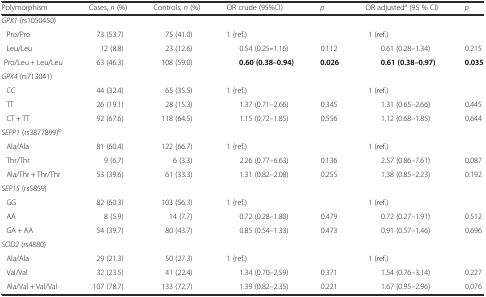
<table><thead><tr><td><b>Polymorphism</b></td><td><b>Cases, <i>n</i> (%)</b></td><td><b>Controls, <i>n</i> (%)</b></td><td><b>OR crude (95%CI)</b></td><td><b><i>p</i></b></td><td><b>OR adjusted<sup>a</sup> (95 % CI)</b></td><td><b><i>p</i></b></td></tr></thead><tbody><tr><td colspan="7"><i>GPX1</i> (rs1050450)</td></tr><tr><td> Pro/Pro</td><td>73 (53.7)</td><td>75 (41.0)</td><td>1 (ref.)</td><td></td><td>1 (ref.)</td><td></td></tr><tr><td> Leu/Leu</td><td>12 (8.8)</td><td>23 (12.6)</td><td>0.54 (0.25<b>–</b>1.16)</td><td>0.112</td><td>0.61 (0.28–1.34)</td><td>0.215</td></tr><tr><td> Pro/Leu + Leu/Leu</td><td>63 (46.3)</td><td>108 (59.0)</td><td><b>0.60 (0.38–0.94)</b></td><td><b>0.026</b></td><td><b>0.61 (0.38–0.97)</b></td><td><b>0.035</b></td></tr><tr><td colspan="7"><i>GPX4</i> (rs713041)</td></tr><tr><td> CC</td><td>44 (32.4)</td><td>65 (35.5)</td><td>1 (ref.)</td><td></td><td>1 (ref.)</td><td></td></tr><tr><td> TT</td><td>26 (19.1)</td><td>28 (15.3)</td><td>1.37 (0.71–2.66)</td><td>0.345</td><td>1.31 (0.65–2.66)</td><td>0.445</td></tr><tr><td> CT + TT</td><td>92 (67.6)</td><td>118 (64.5)</td><td>1.15 (0.72–1.85)</td><td>0.556</td><td>1.12 (0.68–1.85)</td><td>0.644</td></tr><tr><td colspan="7"><i>SEPP1</i> (rs3877899)<sup>b</sup></td></tr><tr><td> Ala/Ala</td><td>81 (60.4)</td><td>122 (66.7)</td><td>1 (ref.)</td><td></td><td>1 (ref.)</td><td></td></tr><tr><td> Thr/Thr</td><td>9 (6.7)</td><td>6 (3.3)</td><td>2.26 (0.77–6.63)</td><td>0.136</td><td>2.57 (0.86–7.61)</td><td>0.087</td></tr><tr><td> Ala/Thr + Thr/Thr</td><td>53 (39.6)</td><td>61 (33.3)</td><td>1.31 (0.82–2.08)</td><td>0.255</td><td>1.38 (0.85–2.23)</td><td>0.192</td></tr><tr><td colspan="7"><i>SEP15</i> (rs5859)</td></tr><tr><td> GG</td><td>82 (60.3)</td><td>103 (56.3)</td><td>1 (ref.)</td><td></td><td>1 (ref.)</td><td></td></tr><tr><td> AA</td><td>8 (5.9)</td><td>14 (7.7)</td><td>0.72 (0.28–1.80)</td><td>0.479</td><td>0.72 (0.27–1.91)</td><td>0.512</td></tr><tr><td> GA + AA</td><td>54 (39.7)</td><td>80 (43.7)</td><td>0.85 (0.54–1.33)</td><td>0.473</td><td>0.91 (0.57–1.46)</td><td>0.696</td></tr><tr><td colspan="7"><i>SOD2</i> (rs4880)</td></tr><tr><td> Ala/Ala</td><td>29 (21.3)</td><td>50 (27.3)</td><td>1 (ref.)</td><td></td><td>1 (ref.)</td><td></td></tr><tr><td> Val/Val</td><td>32 (23.5)</td><td>41 (22.4)</td><td>1.34 (0.70–2,59)</td><td>0.371</td><td>1.54 (0.76–3.14)</td><td>0.227</td></tr><tr><td> Ala/Val + Val/Val</td><td>107 (78.7)</td><td>133 (72.7)</td><td>1.39 (0.82–2.35)</td><td>0.221</td><td>1.67 (0.95–2.96)</td><td>0.076</td></tr></tbody></table>